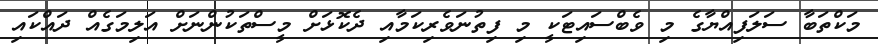
މަކްތަބާ ސަލަފިއްޔާގެ މި ވެބްސައިޓަކީ މި ފިތުނަވެރިކަމާއި ދެކޮޅަށް މީސްތަކުންނަށް އަލިމަގެއް ދައްކައި